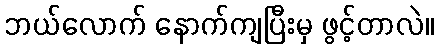
ဘယ်လောက် နောက်ကျပြီးမှ ဖွင့်တာလဲ။